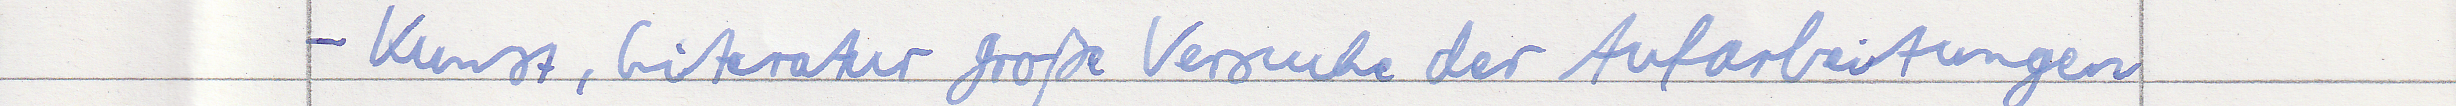
- Kunst, Literatur große Versuche der Aufarbeitungen